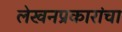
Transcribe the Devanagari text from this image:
लेखनप्रकारांचा